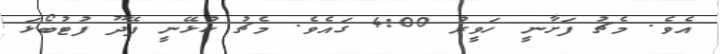
އެވެ. މެޗު ފަށާނީ ހަވީރު 4:00 ގައެވެ. މެޗު ކުޅޭނީ ފޭދޫ ފުޓުބޯޅަ